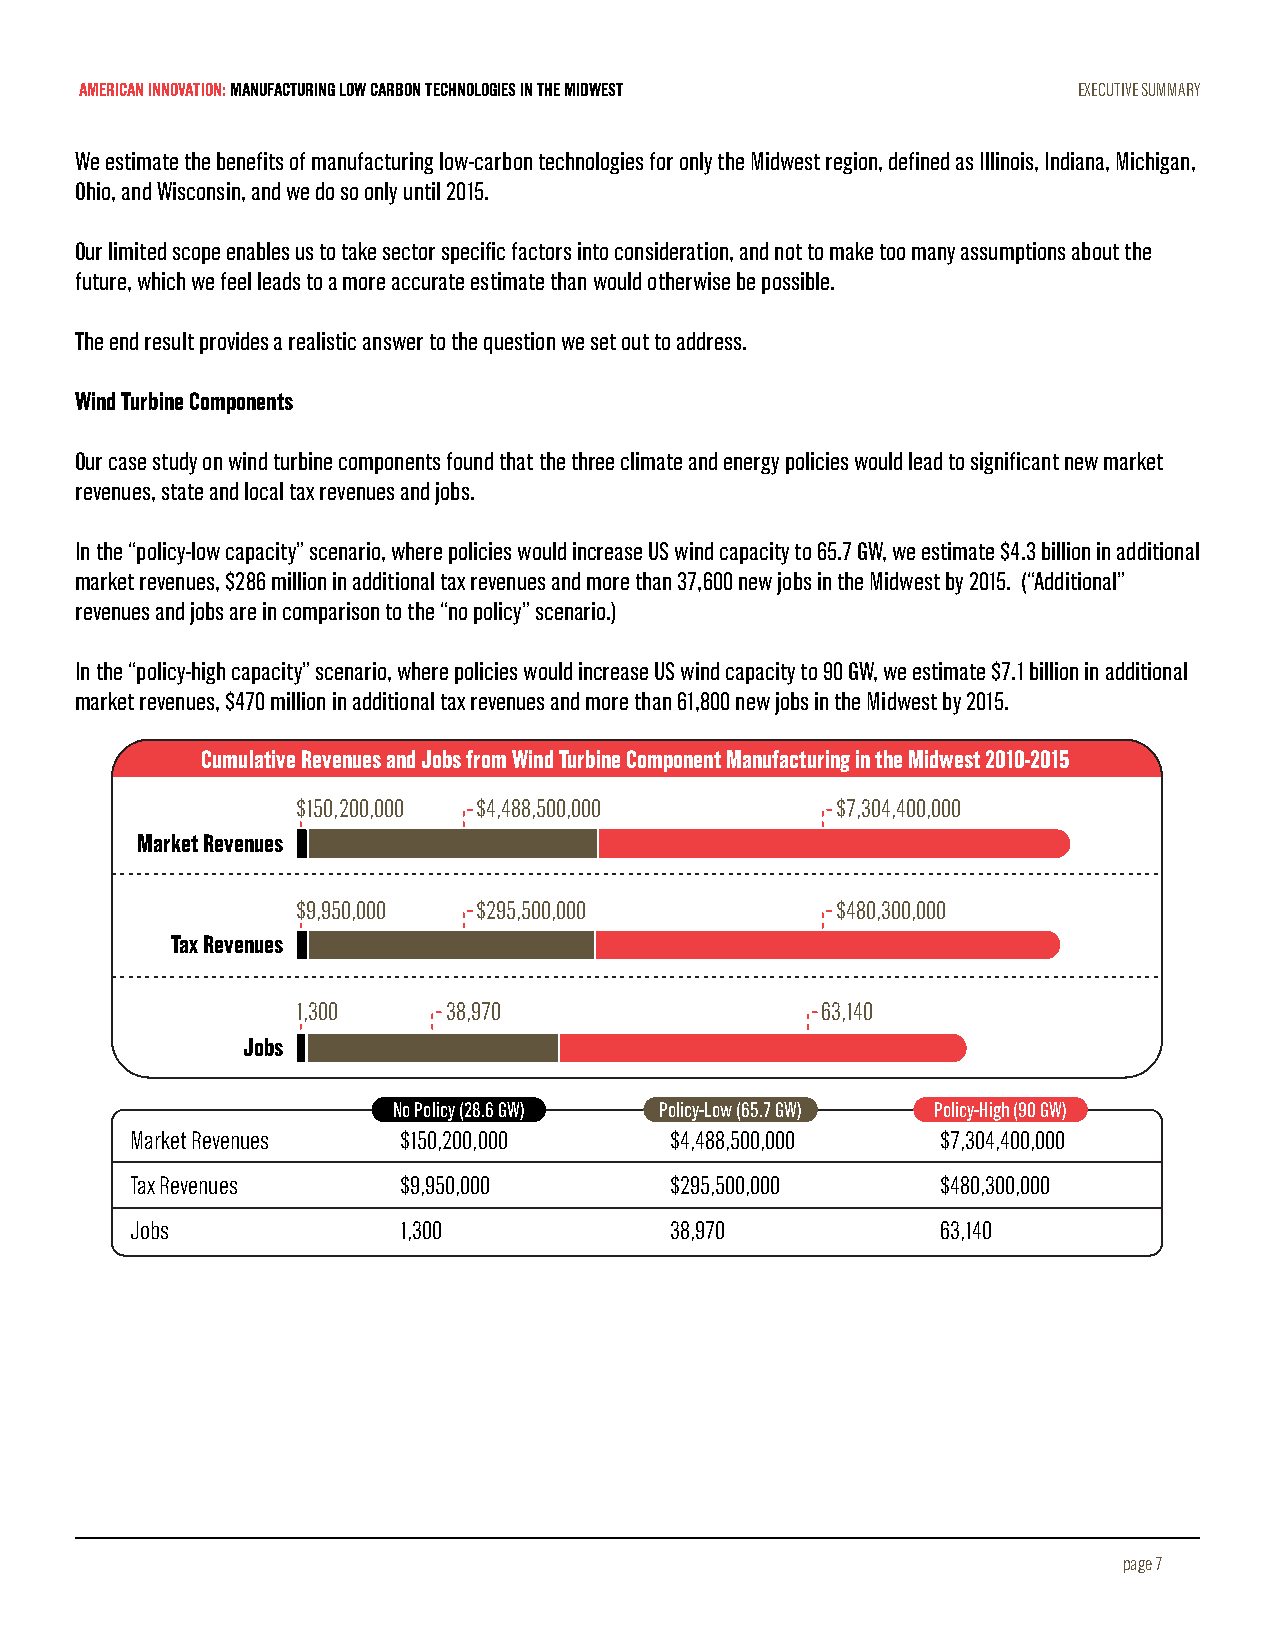
AMERICAN INNOVATION: MANUFACTURING LOW CARBON TECHNOLOGIES IN THE MIDWEST EXECUTIVE SUMMARY
 We estimate the benefits of manufacturing low-carbon technologies for only the Midwest region, defined as Illinois, Indiana, Michigan,
 Ohio, and Wisconsin, and we do so only until 2015.
 Our limited scope enables us to take sector specific factors into consideration, and not to make too many assumptions about the
 future, which we feel leads to a more accurate estimate than would otherwise be possible.
 The end result provides a realistic answer to the question we set out to address.
 Wind Turbine Components
 Our case study on wind turbine components found that the three climate and energy policies would lead to significant new market
 revenues, state and local tax revenues and jobs.
 In the “policy-low capacity” scenario, where policies would increase US wind capacity to 65.7 GW, we estimate $4.3 billion in additional
 market revenues, $286 million in additional tax revenues and more than 37,600 new jobs in the Midwest by 2015. (“Additional”
 revenues and jobs are in comparison to the “no policy” scenario.)
 In the “policy-high capacity” scenario, where policies would increase US wind capacity to 90 GW, we estimate $7.1 billion in additional
 market revenues, $470 million in additional tax revenues and more than 61,800 new jobs in the Midwest by 2015.
 Cumulative Revenues and Jobs from Wind Turbine Component Manufacturing in the Midwest 2010-2015
 $150,200,000 $4,488,500,000        $7,304,400,000
 Market Revenues
 $9,950,000  $295,500,000           $480,300,000
 Tax Revenues
 1,300     38,970                  63,140
 Jobs
 No Policy (28.6 GW) Policy-Low (65.7 GW) Policy-High (90 GW)
 Market Revenues  $150,200,000      $4,488,500,000    $7,304,400,000
 Tax Revenues     $9,950,000        $295,500,000      $480,300,000
 Jobs             1,300             38,970            63,140
 page 7
 Cumulative Revenues and Jobs from Wind Turbine Component Manufacturing in the Midwest 2010-2015
 Market Revenues ($150,200,000) $4,488,500,000    $7,304,400,000
 Tax Revenues ($9,950,000) $295,500,000          $480,300,000
 Jobs (1,300)   38,970                       63,140